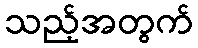
သည့်အတွက်